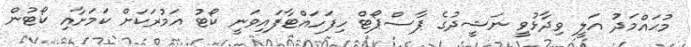
މުޙައްމަދު އަލީ ވިދާޅުވީ ނަޝީދުގެ ޕާސްޕޯޓް ހިފަހައްޓާފައިވަނީ ކޯޓު އަމުރަކަށް ކަމަށާއި ކޯޓުން